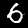
Label: 6